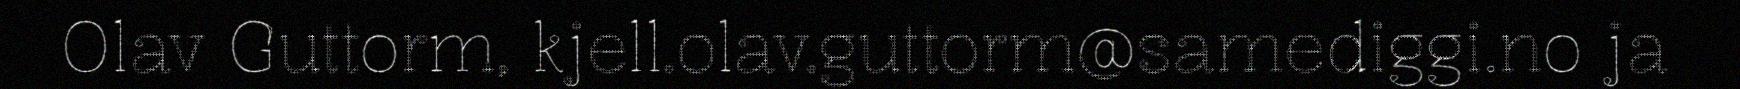
Olav Guttorm, kjell.olav.guttorm@samediggi.no ja